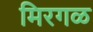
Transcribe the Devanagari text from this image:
मिरगळ